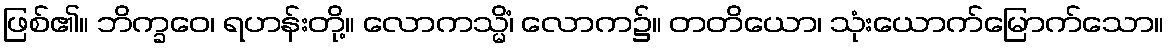
ဖြစ်၏။ ဘိက္ခဝေ၊ ရဟန်းတို့။ လောကသ္မိံ၊ လောက၌။ တတိယော၊ သုံးယောက်မြောက်သော။